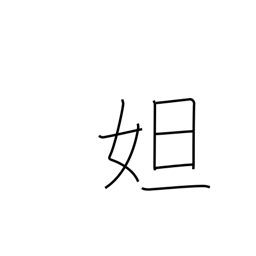
Meaning: female proper name